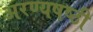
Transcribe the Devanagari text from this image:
अरण्यषष्ठी